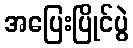
အပြေးပြိုင်ပွဲ